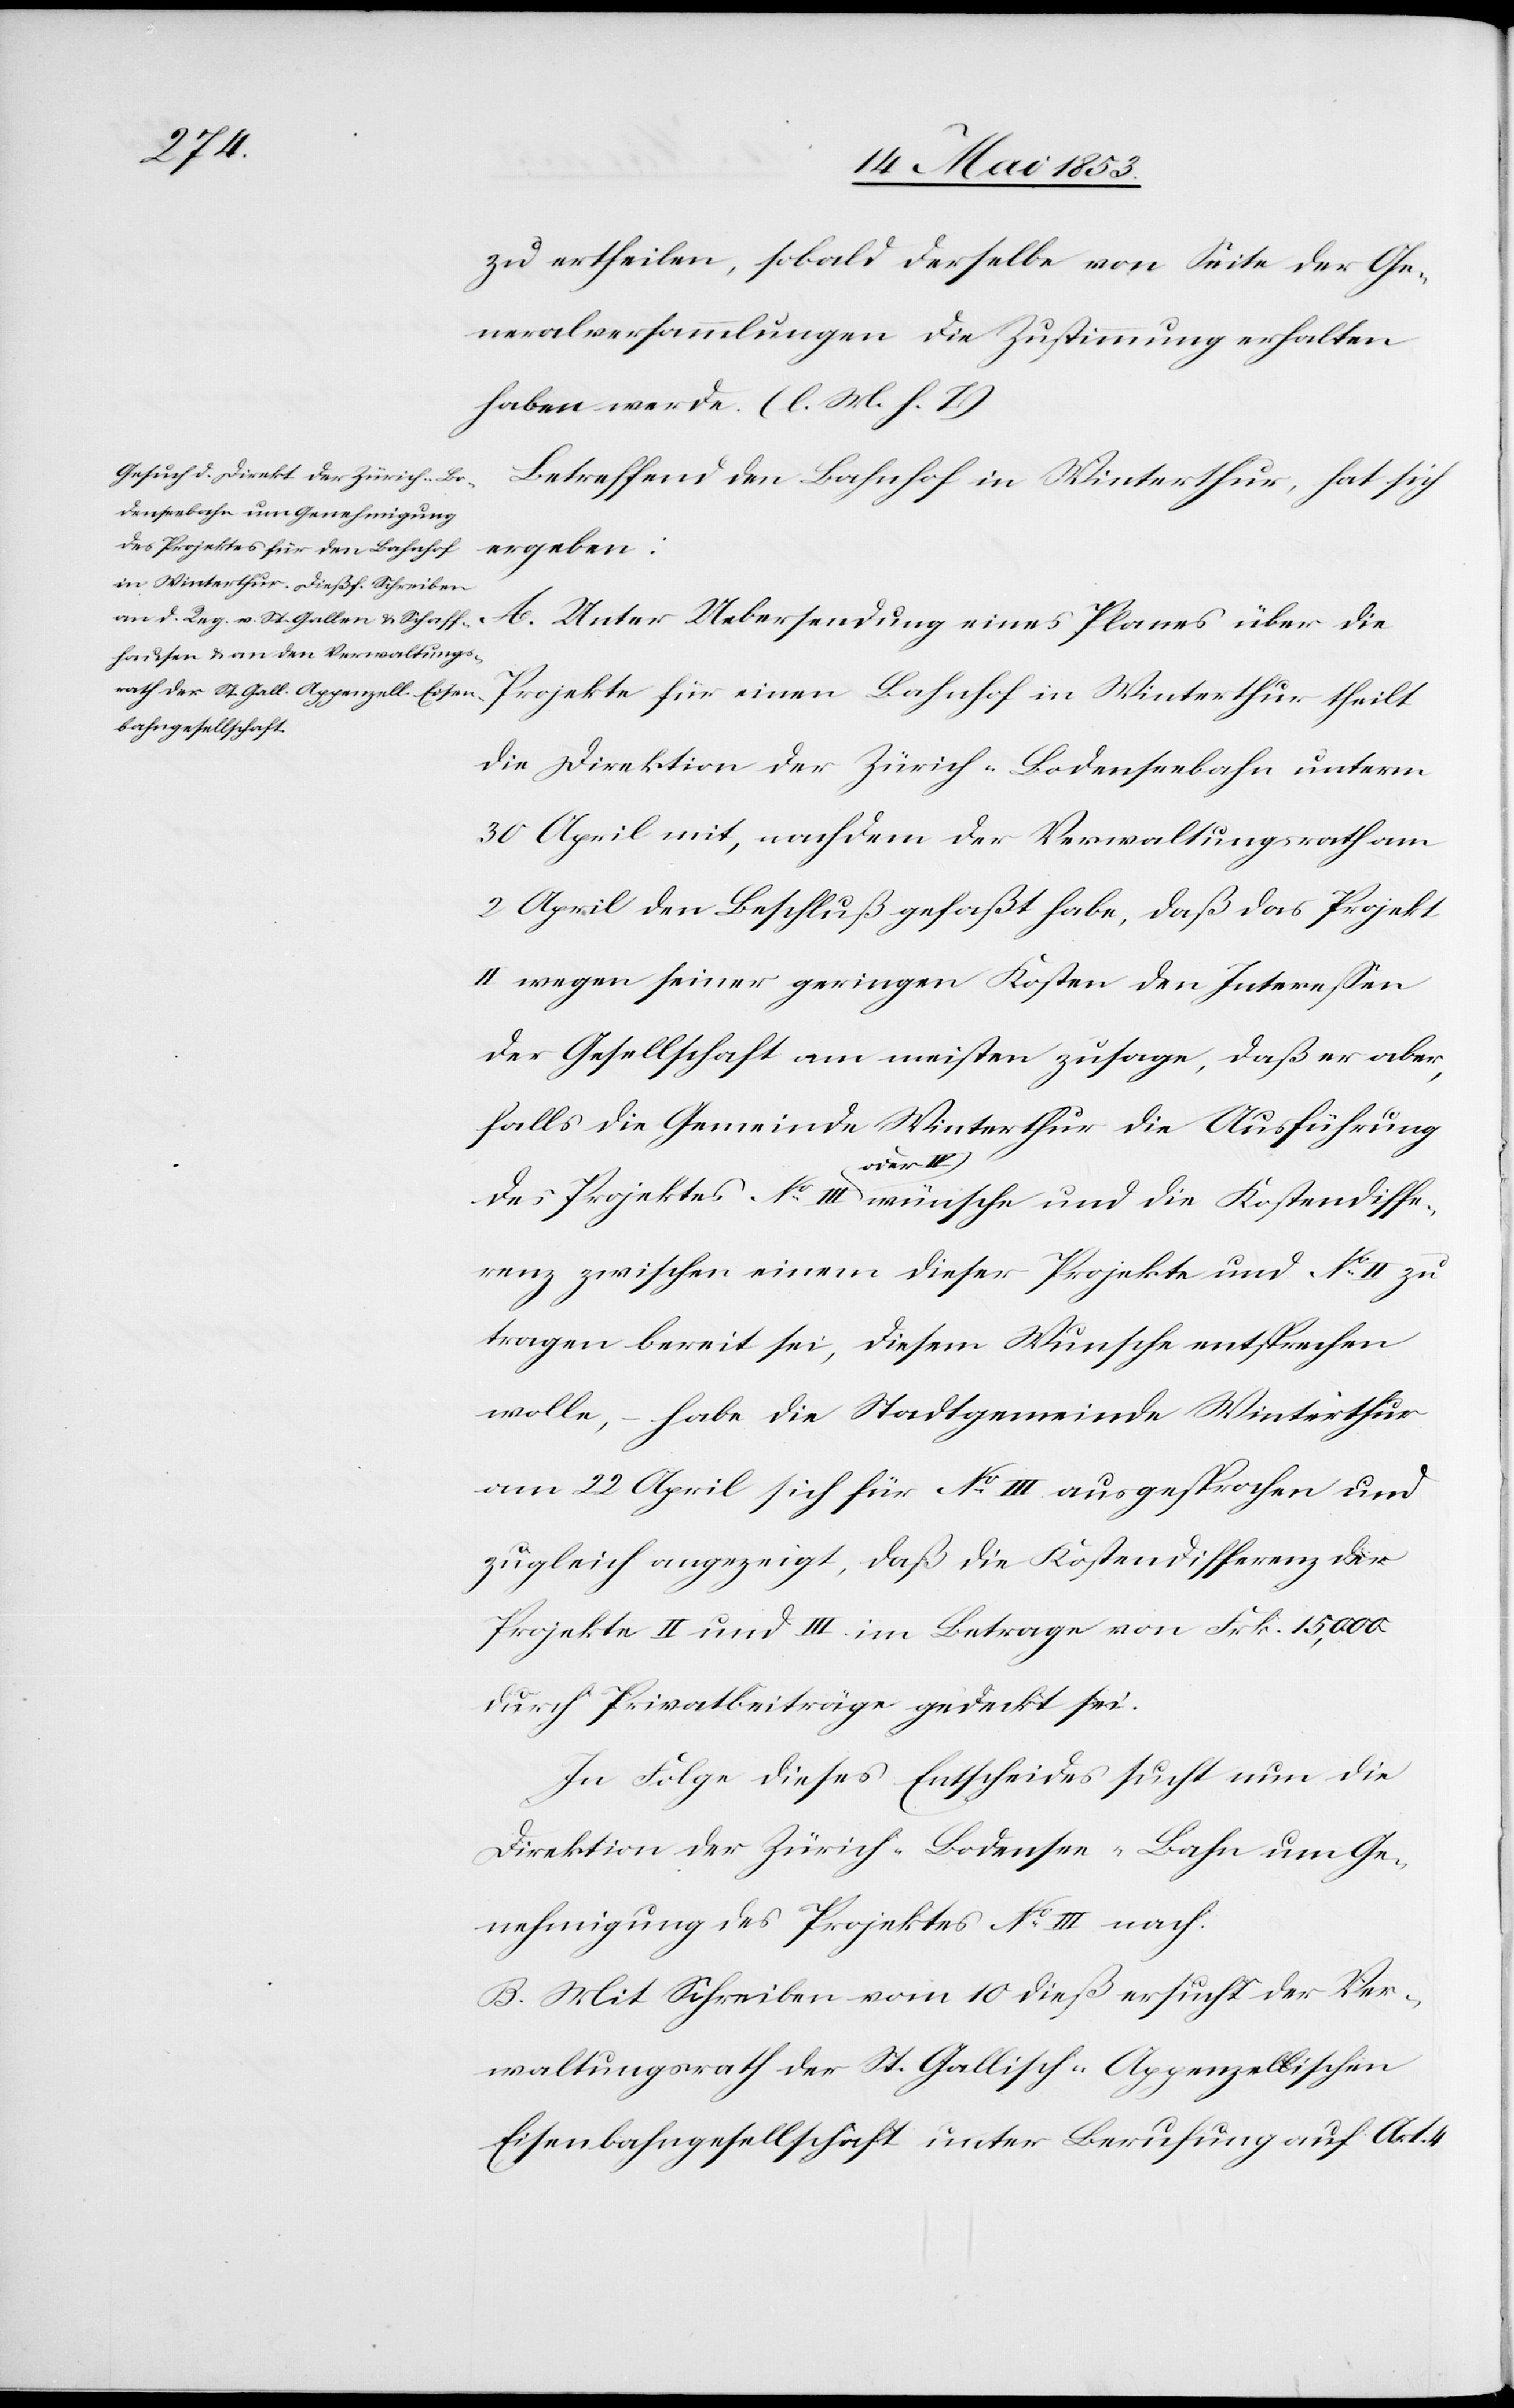
zu ertheilen, sobald derselbe von Seite der Ge¬
meindsversammlungen die Zustimmung erhalten
haben werde. [l. M. h. T]
Betreffend den Bahnhof in Winterthur, hat sich
ergeben:
A.
Unter Uebersendung eines Planes über die
Projekte für einen Bahnhof in Winterthur theilt
die Direktion der Zürich-Bodenseebahn unterm
30 April mit, nachdem der Verwaltungsrath am
2 April den Beschluß gefaßt habe, daß das Projekt
II wegen seiner geringen Kosten den Intereßen
der Gesellschaft am meisten zusage, daß er aber,
falls die Gemeinde Winterthur die Ausführung
des Projektes N°. III oder IV. wünsche und die Kostendiffe¬
renz zwischen einem dieser Projekte und N°. II zu
tragen bereit sei, diesem Wunsche entsprechen
wolle, – habe die Stadtgemeinde Winterthur
vom 22 April sich für N°. III ausgesprochen und
zugleich angezeigt, daß die Kostendifferenz der
Projekte II und III im Betrage von Frk. 15,000
durch Privatbeiträge gedeckt sei.
In Folge dieses Entscheides sucht nun die
Direktion der Zürich-Bodensee-Bahn um Ge¬
nehmigung des Projektes N°. III nach.
B. Mit Schreiben vom 10 dieß ersucht der Ver¬
waltungsrath der St. Gallisch-Appenzellischen
Eisenbahngesellschaft unter Berufung auf Art. 4